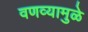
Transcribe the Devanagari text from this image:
वणव्यामुळे